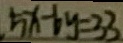
5 x - 6 y = 3 3